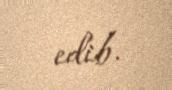
edib.